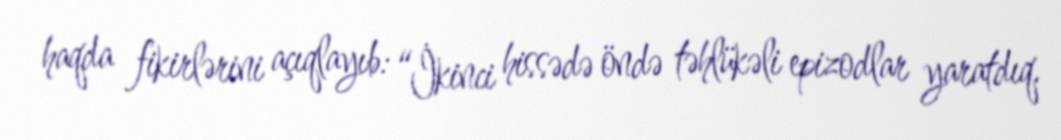
haqda fikirlərini açıqlayıb: “İkinci hissədə öndə təhlükəli epizodlar yaratdıq.